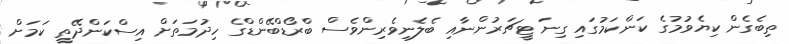
ތިބެގެން ކިޔެވުމުގެ ކަންކަމުގައި ގިނަ ޓީޗަރުންނާއި ބެލެނިވެރިންވެސް ބްރޯޑްބޭންޑްގެ ހިދުމަތަށް އިސްކަންދޭތީ ކަމަށް